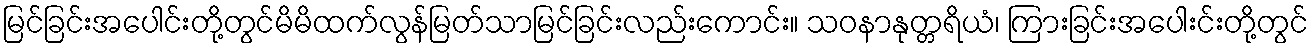
မြင်ခြင်းအပေါင်းတို့တွင်မိမိထက်လွန်မြတ်သာမြင်ခြင်းလည်းကောင်း။ သဝနာနုတ္တရိယံ၊ ကြားခြင်းအပေါးင်းတို့တွင်